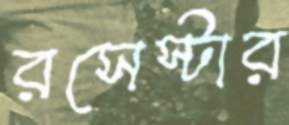
রসেস্টার